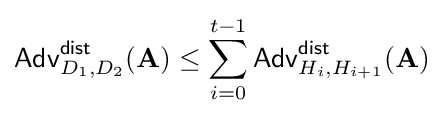
{\mathsf {Adv}}_{D_{1},D_{2}}^{\mathsf {dist}}(\mathbf {A} )\leq \sum _{i=0}^{t-1}{\mathsf {Adv}}_{H_{i},H_{i+1}}^{\mathsf {dist}}(\mathbf {A} )